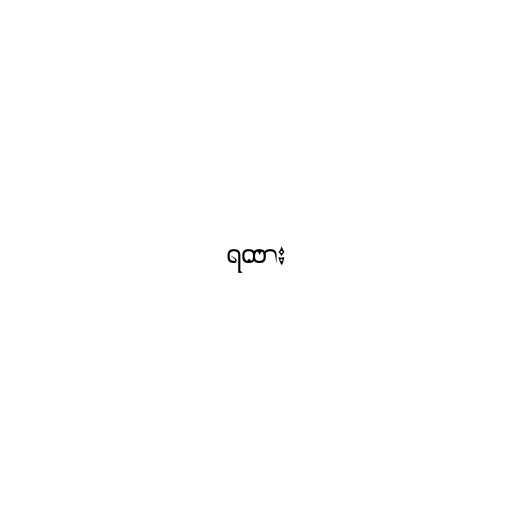
ရထား